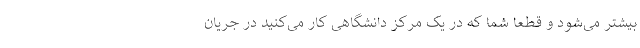
بیشتر می‌شود و قطعا شما که در یک مرکز دانشگاهی کار می‌کنید در جریان